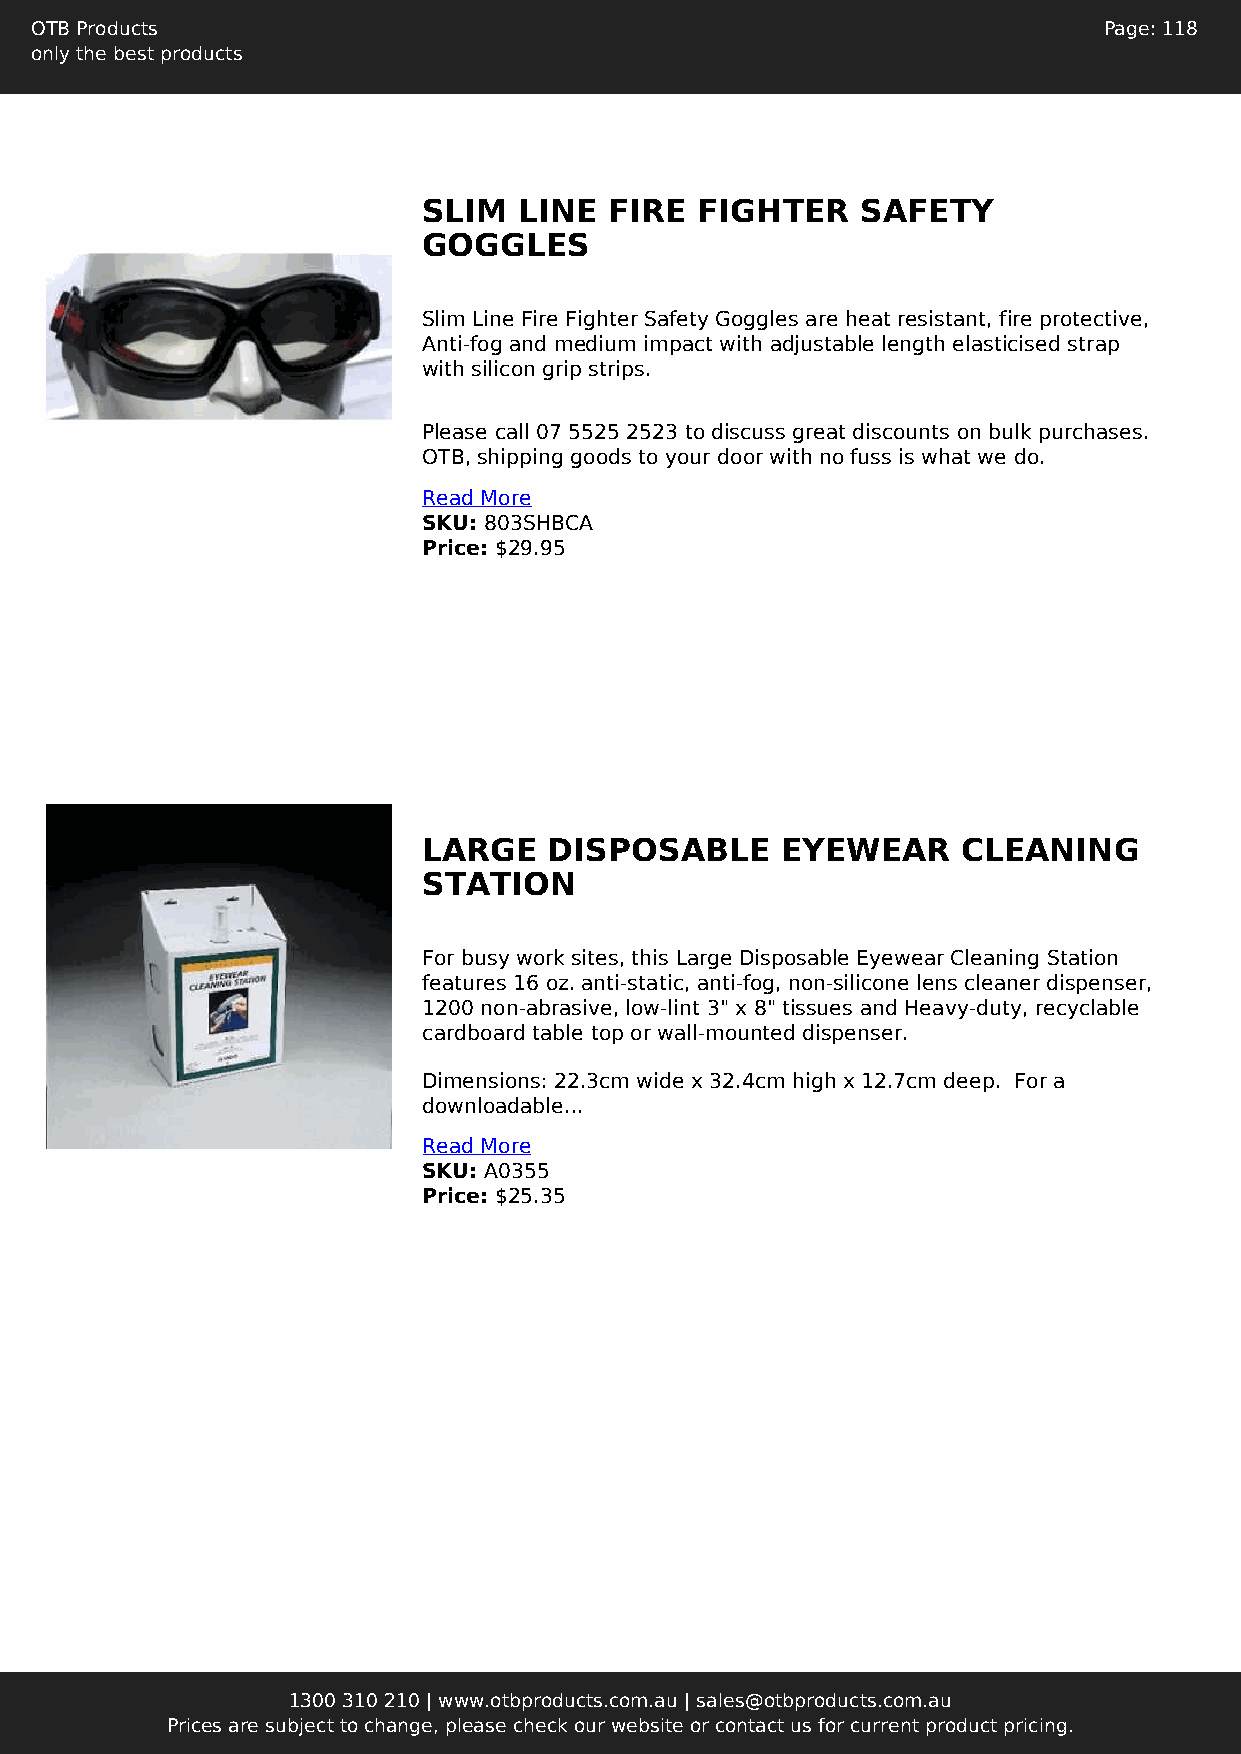
OTB Products                                                           Page: 118
 only the best products
 SLIM  LINE  FIRE  FIGHTER    SAFETY
 GOGGLES
 Slim Line Fire Fighter Safety Goggles are heat resistant, fire protective,
 Anti-fog and medium impact with adjustable length elasticised strap
 with silicon grip strips.
 Please call 07 5525 2523 to discuss great discounts on bulk purchases.
 OTB, shipping goods to your door with no fuss is what we do.
 Read More
 SKU: 803SHBCA
 Price: $29.95
 LARGE   DISPOSABLE      EYEWEAR     CLEANING
 STATION
 For busy work sites, this Large Disposable Eyewear Cleaning Station
 features 16 oz. anti-static, anti-fog, non-silicone lens cleaner dispenser,
 1200 non-abrasive, low-lint 3" x 8" tissues and Heavy-duty, recyclable
 cardboard table top or wall-mounted dispenser.
 Dimensions: 22.3cm wide x 32.4cm high x 12.7cm deep. For a
 downloadable...
 Read More
 SKU: A0355
 Price: $25.35
 1300 310 210 | www.otbproducts.com.au | sales@otbproducts.com.au
 Prices are subject to change, please check our website or contact us for current product pricing.